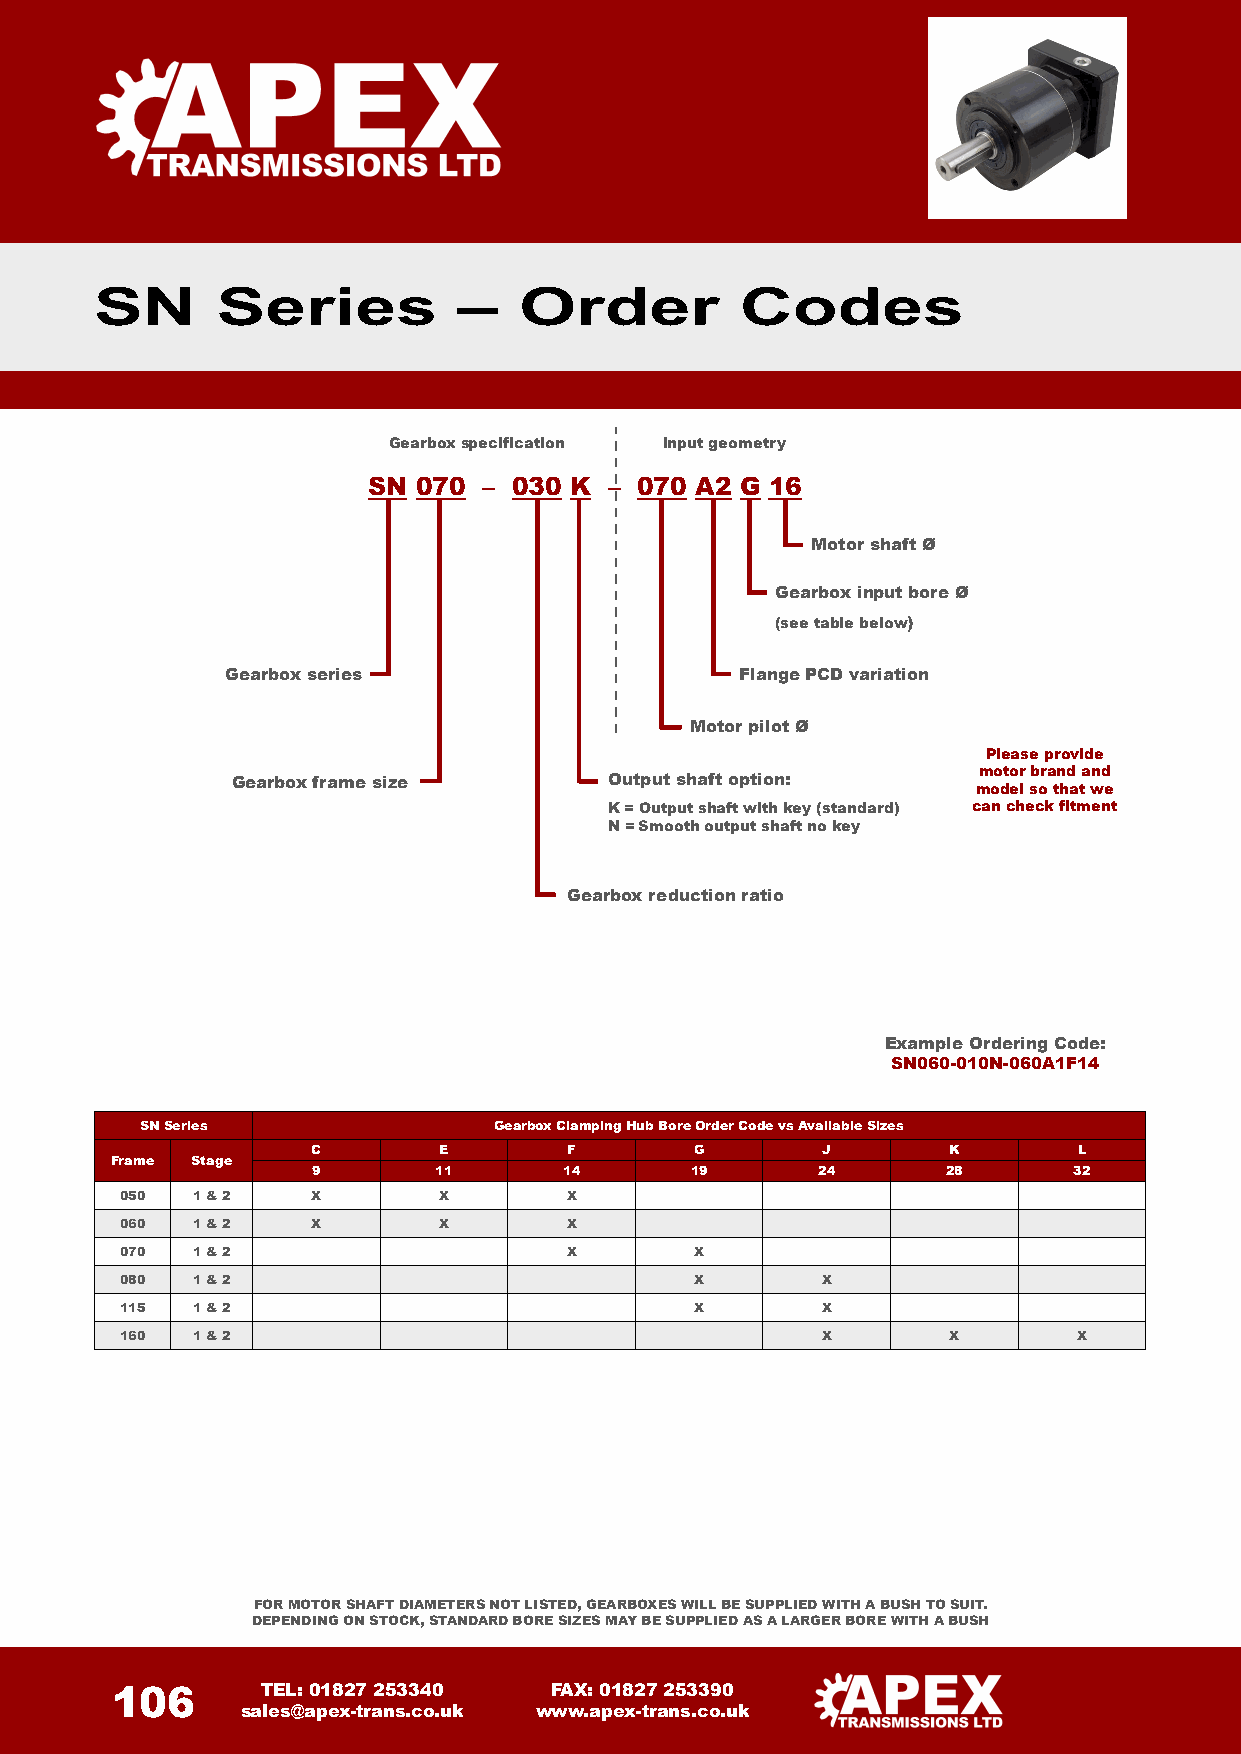
SN      Series          –   Order          Codes
 Gearbox specification Input geometry
 SN  070 – 030 K – 070 A2 G 16
 Motor shaft Ø
 Gearbox input bore Ø
 (see table below)
 Gearbox series                    Flange PCD variation
 Motor pilot Ø
 Please provide
 motor brand and
 Gearbox frame size       Output shaft option:
 model so that we
 K = Output shaft with key (standard) can check fitment
 N= Smooth output shaft no key
 Gearbox reduction ratio
 Example Ordering Code:
 SN060-010N-060A1F14
 SNSeries                Gearbox Clamping Hub BoreOrder Code vs Available Sizes
 C       E        F       G       J        K       L
 Frame Stage
 9       11      14       19      24       28      32
 050  1 & 2   X       X       X
 060  1 & 2   X       X       X
 070  1 & 2                   X        X
 080  1 & 2                            X       X
 115  1 & 2                            X       X
 160  1 & 2                                    X        X       X
 FOR MOTOR SHAFT DIAMETERS NOT LISTED, GEARBOXES WILL BE SUPPLIED WITHA BUSH TO SUIT.
 DEPENDING ON STOCK, STANDARD BORE SIZES MAY BE SUPPLIED AS A LARGER BORE WITH A BUSH
 106       TEL: 01827 253340  FAX: 01827 253390
 sales@apex-trans.co.uk www.apex-trans.co.uk